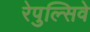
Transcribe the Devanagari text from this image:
रेपुल्सिवे